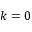
k = 0